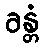
ခန္တံ